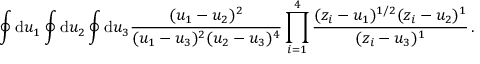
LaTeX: \oint \mathrm { d } u _ { 1 } \oint \mathrm { d } u _ { 2 } \oint \mathrm { d } u _ { 3 } \frac { ( u _ { 1 } - u _ { 2 } ) ^ { 2 } } { ( u _ { 1 } - u _ { 3 } ) ^ { 2 } ( u _ { 2 } - u _ { 3 } ) ^ { 4 } } \prod _ { i = 1 } ^ { 4 } \frac { ( z _ { i } - u _ { 1 } ) ^ { 1 / 2 } ( z _ { i } - u _ { 2 } ) ^ { 1 } } { ( z _ { i } - u _ { 3 } ) ^ { 1 } } \, .